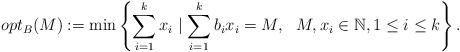
LaTeX: \begin{align*}opt_B(M):=\min\left\{\sum_{i=1}^kx_i \mid \sum_{i=1}^kb_ix_i=M, \ \ M,x_i\in \mathbb{N}, 1\leq i\leq k\right\}.\end{align*}